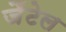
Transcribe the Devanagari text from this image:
जैंटेल